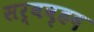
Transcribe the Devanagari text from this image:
सर्ववृहद